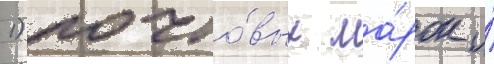
1) почто́вых ма́рок и́